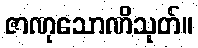
ဇာဏုသောဏိသုတ်။